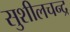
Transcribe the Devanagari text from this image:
सुशीलचन्द्र